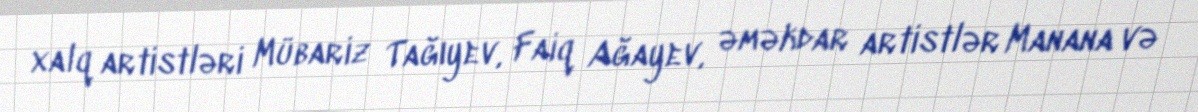
xalq artistləri Mübariz Tağıyev, Faiq Ağayev, əməkdar artistlər Manana və